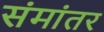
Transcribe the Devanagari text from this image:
संमांतर